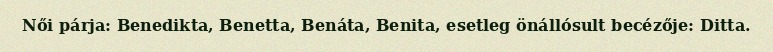
Női párja: Benedikta, Benetta, Benáta, Benita, esetleg önállósult becézője: Ditta.